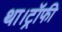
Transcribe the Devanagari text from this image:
था।ट्रॉफी